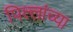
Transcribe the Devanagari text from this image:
पिल्लांच्या